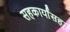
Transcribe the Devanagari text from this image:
सहकार्यांसह